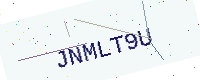
Text: JNMLT9U